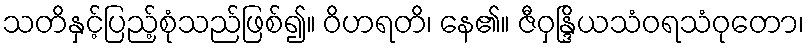
သတိနှင့်ပြည့်စုံသည်ဖြစ်၍။ ဝိဟရတိ၊ နေ၏။ ဇီဝှန္ဒြိယသံဝရသံဝုတော၊